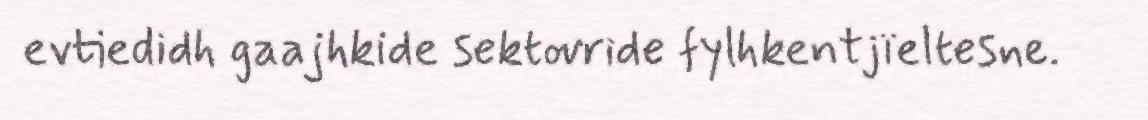
evtiedidh gaajhkide sektovride fylhkentjïeltesne.